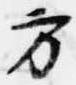
方